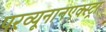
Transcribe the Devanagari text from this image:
परव्यूनानएक्स्ट्रा